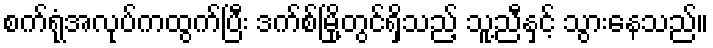
စက်ရုံအလုပ်ကထွက်ပြီး ဒက်စ်မြို့တွင်ရှိသည့် သူ့ညီနှင့် သွားနေသည်။